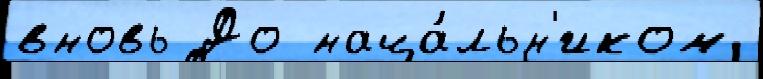
вновь До нача́льн'иком